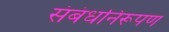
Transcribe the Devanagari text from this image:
संबंधनिरूपण